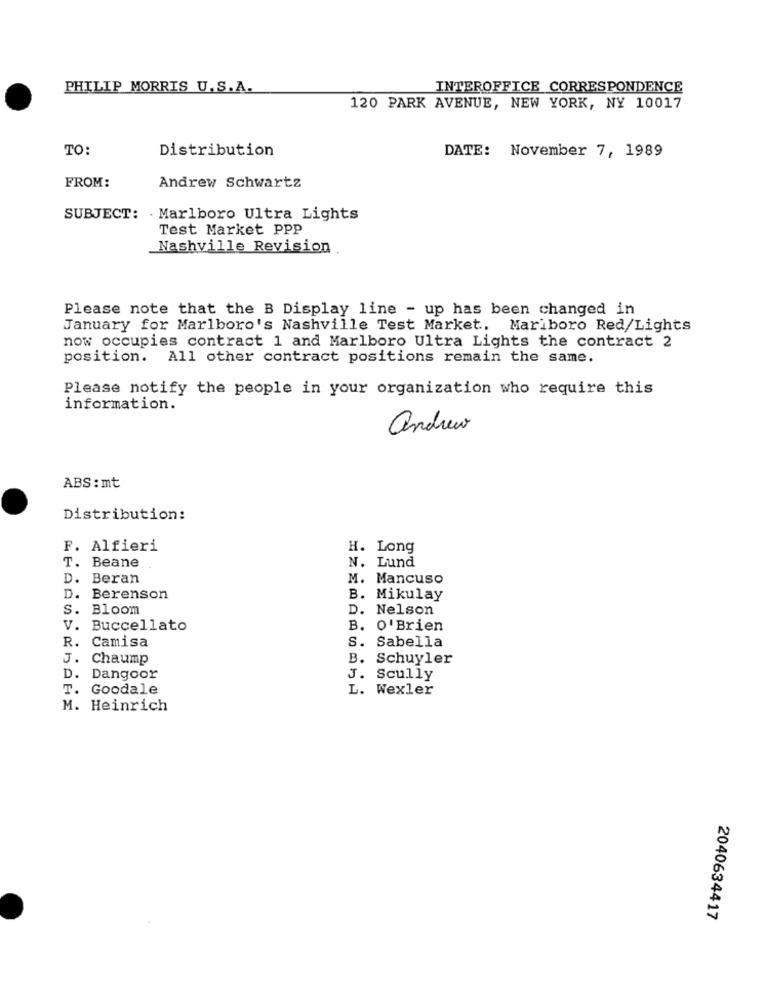
PHILIP MORRIS U.S.A.
INTEROFFICE CORRESPONDENCE
120 PARK AVENUE, NEW YORK, NY 10017
TO:
Distribution
DATE: November 7, 1989
FROM:
Andrew Schwartz
SUBJECT: . Marlboro Ultra Lights
Test Market PPP
Nashville Revision
Please note that the B Display line - up has been changed in
January for Marlboro's Nashville Test Market. Mariboro Red/Lights
now occupies contract 1 and Marlboro Ultra Lights the contract 2
position.
All other contract positions remain the same.
Please notify the people in your organization who require this
information.
andrew
ABS : mt
Distribution:
F. Alfieri
H. Long
T. Beane
N. Lund
D. Beran
M. Mancuso
D. Berenson
B. Mikulay
S. Bloom
D. Nelson
V. Buccellato
B. O'Brien
R.
Camisa
s.
Sabella
J.
Chaump
B.
Schuyler
D. Dangoor
J.
Scully
T. Goodale
L. Wexler
M. Heinrich
2040634417